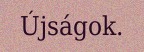
Újságok.